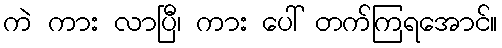
ကဲ ကား လာပြီ၊ ကား ပေါ် တက်ကြရအောင်။